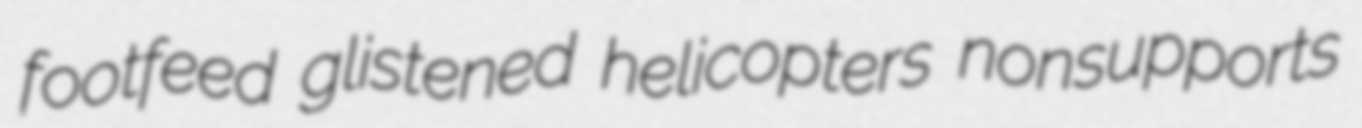
footfeed glistened helicopters nonsupports